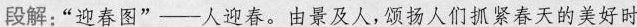
段解:‘’人迎春。由景及人,颂扬人们抓紧春天的美好时